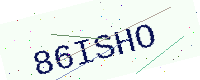
Text: 86ISHO